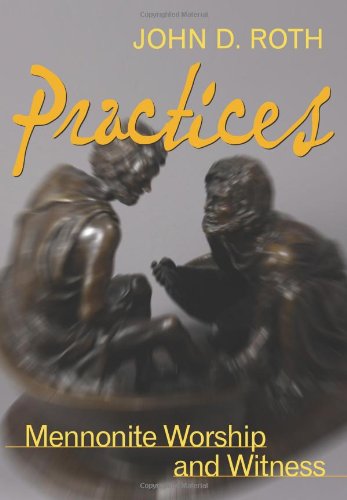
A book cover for Practices: Mennonite Worship and Witness (John Roth Trilogy); John D Roth; Christian Books & Bibles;